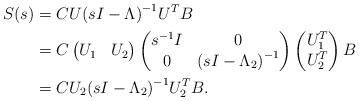
LaTeX: \begin{align*} S(s) & = C U {(s I - \Lambda)}^{-1} U^T B \\ & = C \begin{pmatrix} U_1 & U_2 \end{pmatrix} \begin{pmatrix} s^{-1} I & 0 \\ 0 & {(s I- \Lambda_2)}^{-1} \end{pmatrix} \begin{pmatrix} U_1^T \\ U_2^T \end{pmatrix} B \\ & = C U_2 {(s I - \Lambda_2)}^{-1} U_2^T B. \end{align*}